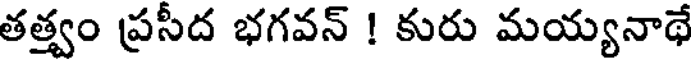
తత్త్వం ప్రసీద భగవన్ ! కురు మయ్యనాథే